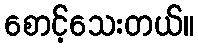
စောင့်သေးတယ်။